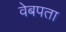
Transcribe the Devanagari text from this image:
वेबपता